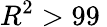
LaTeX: R^{2}>99\